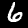
Digit: 6